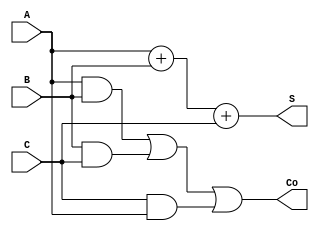
module carry_save_adder (
  input wire [15:0] A,
  input wire [15:0] B,
  input wire [15:0] C,
  output wire [15:0] S,
  output wire [15:0] Co
);

assign S = A + B + C;
assign Co = (A & B) | (B & C) | (C & A);

endmodule